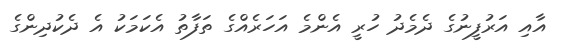
އާއި އަރުފީނުގެ ދެމެދު ހުރީ އެންމެ އަހަރެއްގެ ތަފާތު އެކަމަކު އެ ދެކުދިންގެ